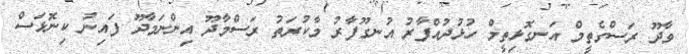
ވާދޫ ރަސްގެތީމް އަނގޮޅިތީމް ހުޅުދުއްފާރު އުނގޫފާރު މާކުރަތު ރަސްމާދޫ އިންނަމާދޫ ފައިނު ކިނޮޅަސް